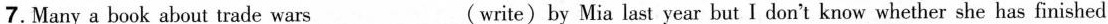
7.Many a book about trade wars___ ( write)by Mia last year but I don't know whether she has finished